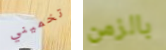
تخميني بالزمن